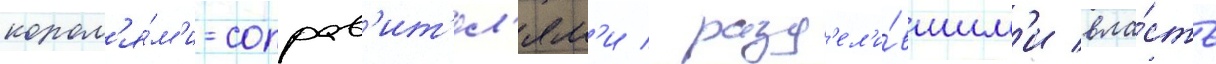
корол'я́м'и-соправ'ит'ел'ям'и / разд'ел'и́вшим'и вла́сть